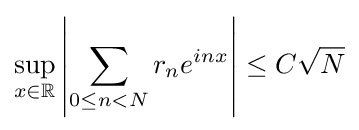
\sup _{x\in \mathbb {R} }\left|\sum _{0\leq n<N}r_{n}e^{inx}\right|\leq C{\sqrt {N}}